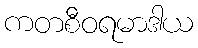
ကတစီဝရမာဒါယ